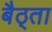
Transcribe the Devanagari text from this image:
बैठ्ता